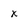
Character: x